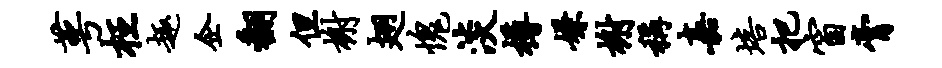
萼枉趣企翻但榭翅愧淡樽嫌榭称嘉培把窗膏